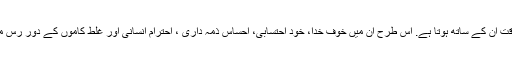
اور تنہائی میں جب کوئی نہیں دیکھتا تو اللہ ہر وقت ان کے ساتھ ہوتا ہے. اس طرح ان میں خوف خدا، خود احتسابی، احساس ذمہ داری ، احترام انسانی اور غلط کاموں کے دور رس مضر اثرات سے آگہی بھی پروان چڑھانی چاہیے۔